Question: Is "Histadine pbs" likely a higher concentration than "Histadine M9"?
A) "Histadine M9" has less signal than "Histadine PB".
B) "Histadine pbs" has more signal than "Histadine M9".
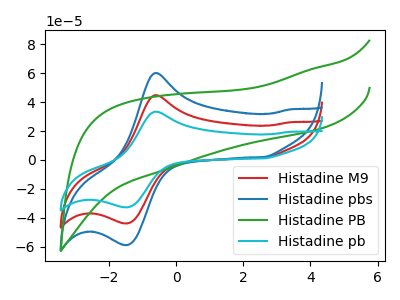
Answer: <think>The red curve "Histadine M9" has an anodic peak at (-0.60V, 44.75uA) and a cathodic peak at (-1.45V, -43.70uA). The blue curve "Histadine pbs" has an anodic peak at (-0.60V, 60.00uA) and a cathodic peak at (-1.45V, -58.65uA). The green curve "Histadine PB" has no peaks. The cyan curve "Histadine pb" has an anodic peak at (-0.60V, 89.45uA) and a cathodic peak at (-1.45V, -87.45uA).
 All the peaks in "Histadine pbs" have a peak in "Histadine M9" at the same potential. Every peak in "Histadine pbs" is higher than every peak in "Histadine M9".</think>
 <answer>B) "Histadine pbs" has more signal than "Histadine M9".</answer>
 <eval>B</eval>